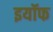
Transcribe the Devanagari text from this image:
इयॉफ